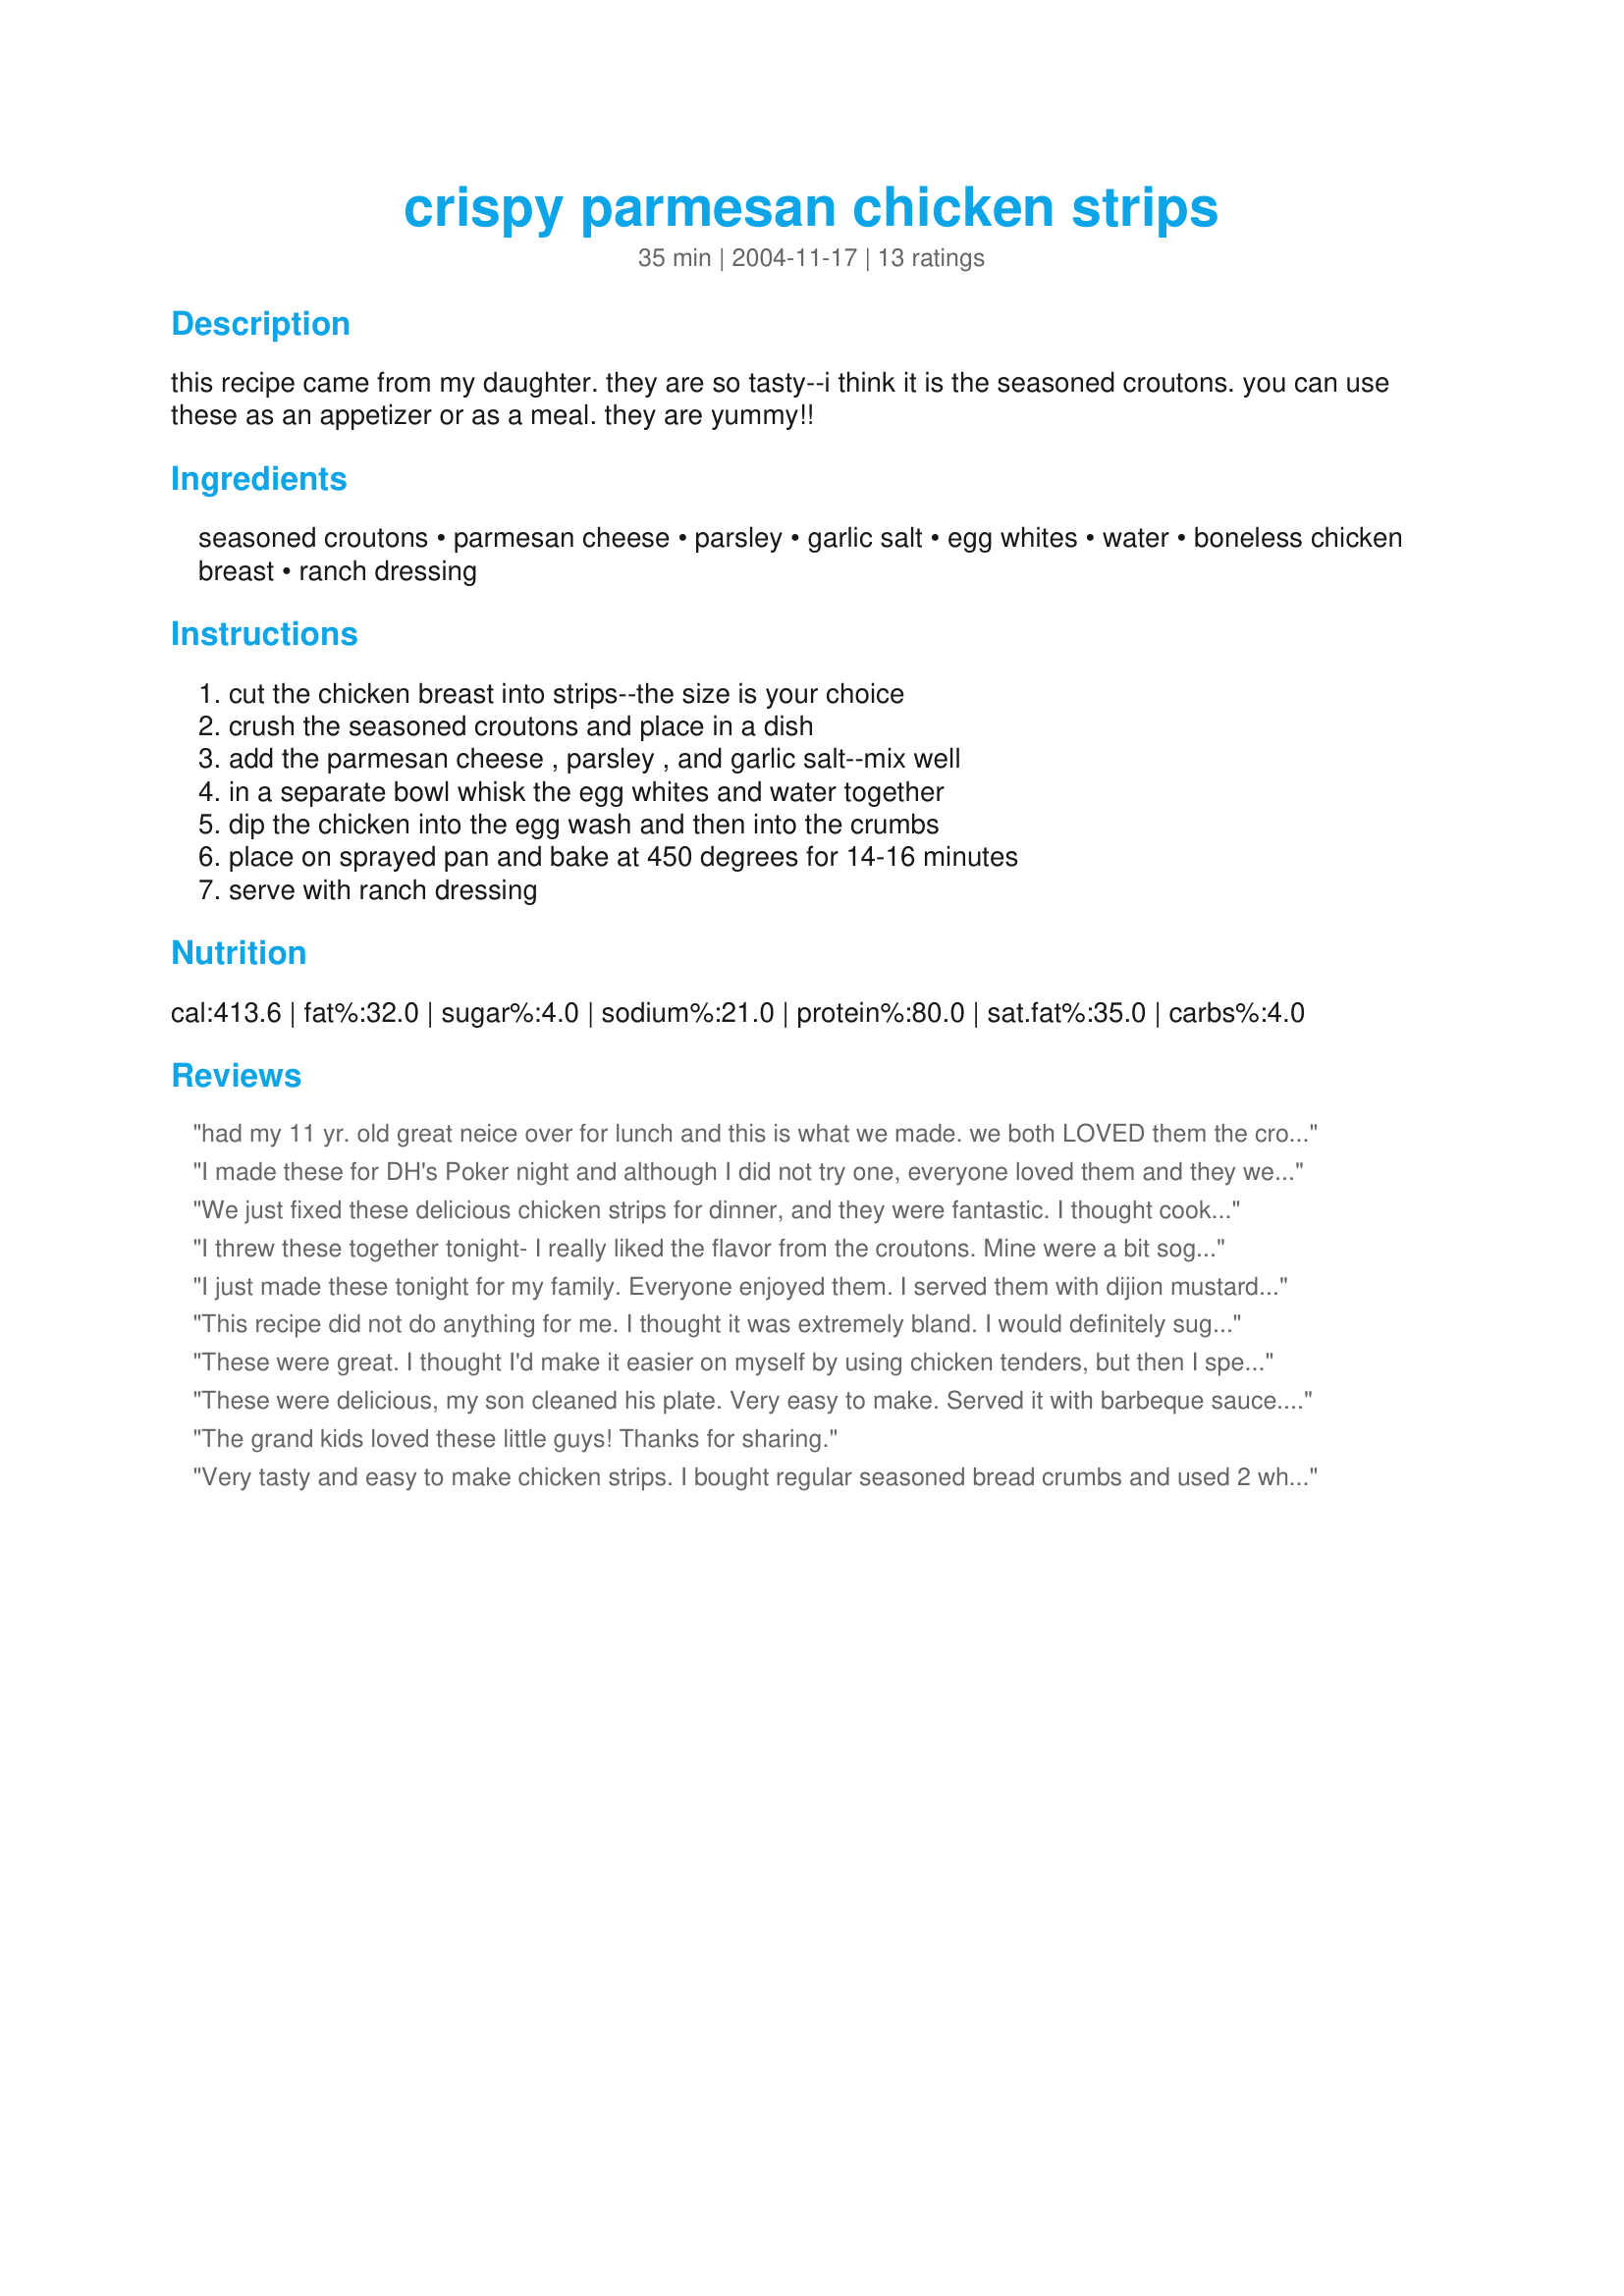
crispy parmesan chicken strips
Preparation time: 35 minutes

this recipe came from my daughter. they are so tasty--i think it is the seasoned croutons. you can use these as an appetizer or as a meal. they are yummy!!

Ingredients:
seasoned croutons, parmesan cheese, parsley, garlic salt, egg whites, water, boneless chicken breast, ranch dressing

Steps:
cut the chicken breast into strips--the size is your choice, crush the seasoned croutons and place in a dish, add the parmesan cheese , parsley , and garlic salt--mix well, in a separate bowl whisk the egg whites and water together, dip the chicken into the egg wash and then into the crumbs, place on sprayed pan and bake at 450 degrees for 14-16 minutes, serve with ranch dressing

Reviews:
had my 11 yr. old great neice over for lunch and this is what we made.
we both LOVED them
the croutons we used we made 1st
using <a href="/110930">Microwave Croutons</a>
very very good
she did it all herself while I watched and sipped coffee..
she printed and took home the recipe for both
BUT wants to come back next Saturday to make these again
thanks for a really great recipe we/I will make these MANY times I am sure
I made these for DH's Poker night and although I did not try one, everyone loved them and they were all gone at the end of the night. My DH then told me I have to make these once a week for him. Thanks!
We just fixed these delicious chicken strips for dinner, and they were fantastic. I thought cooking them at such a high temp would dry them out...but far from it, crispy on the outside, and nice and moist inside. This is going in the "keep" file! 
Thanks again for the great recipe!
I threw these together tonight- I really liked the flavor from the croutons. Mine were a bit soggy on the bottom- but other than that, they were great. Thanks so much for sharing!!!
I just made these tonight for my family. Everyone enjoyed them. I served them with dijion mustard and blue cheese dressing. I toasted some white bread and added Spike as a substitue for the croutons and used 2 whole eggs instead of 2 egg whites. Thanks for the recipe!
This recipe did not do anything for me. I thought it was extremely bland. I would definitely suggest adding a bit of pepper and possibly any other spice with a bite.
These were great. I thought I'd make it easier on myself by using chicken tenders, but then I spent a lot of time removing the tendons.(don't like biting into those!)I changed nothing else, and we all decided we liked them best without dipping, though I had ranch and a horseradish dip to go along with them. I think this would also work well for breaded chicken sandwiches. We will be having these again - so easy to make.

These were delicious, my son cleaned his plate. Very easy to make. Served it with barbeque sauce. I wil l make them again.
The grand kids loved these little guys! Thanks for sharing.

Very tasty and easy to make chicken strips. I bought regular seasoned bread crumbs and used 2 whole eggs instead of just the egg whites. Using chicken breast tenderloins worked well and the breading process went by quickly. I covered a baking pan with aluminum foil and sprayed with cooking spray. The chicken was tender and the coating was crispy and had great flavor! We had these as a snack but I think they would be great for lunch or a light supper. Mimi in Maine, great recipe!!
Very good! The coating was nice and crispy and very flavorful (I used ranch flavored croutons).
Mimi,we really enjoyed your chicken strips,I used parmesan croutons,we dipped them in a honey mustard.Thank you for the healthier way to eat chicken Strips.I used the left overs in a salad. Rose
My friend shared this recipe with me at my bridal shower (everyone was asked to bring a recipe). It is a winner!
